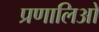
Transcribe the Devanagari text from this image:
प्रणालिओ